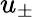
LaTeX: u_{\pm}